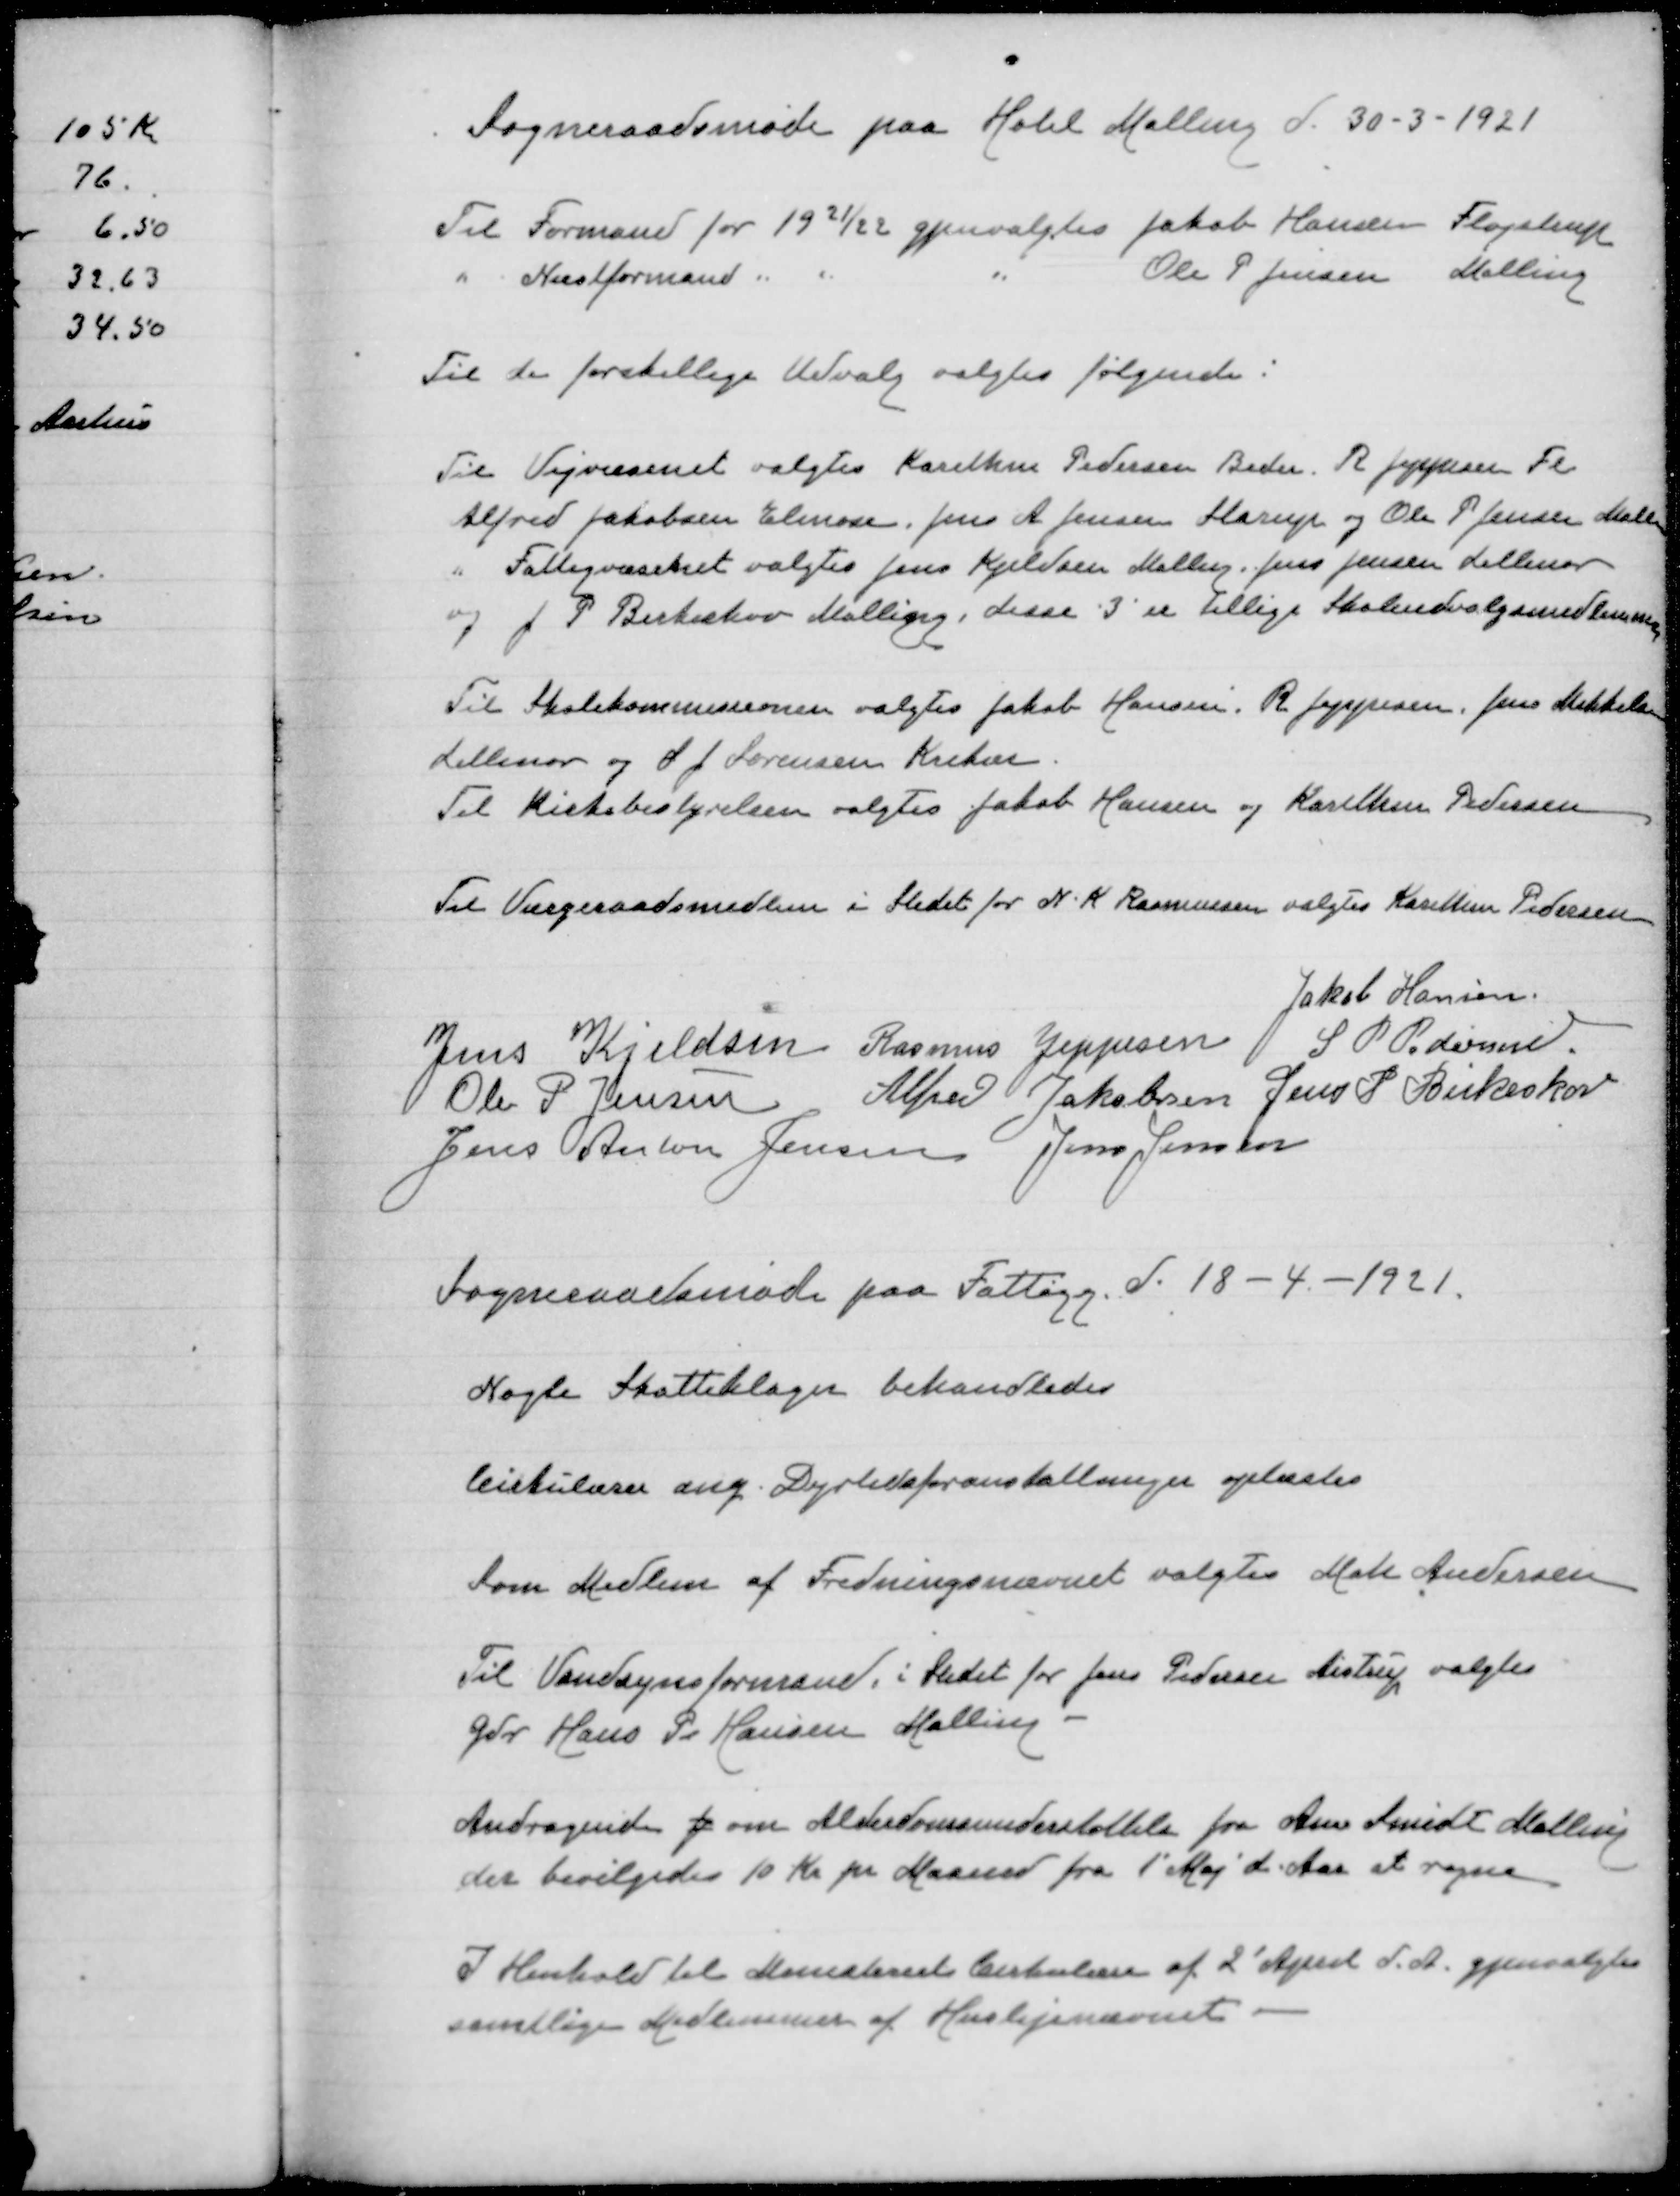
Transskription:
Sogneraadsmøde paa Hotel Malling d. 30 - 3 - 1921

Til Formand for 1921/22 gjenvalgtes Jakob Hansen Fløjstrup
" Næstformand " " " Ole P Jensen Malling

Til de forskellige Udvalg valgtes følgende:

Til Vejvæsenet valgtes Karsthen Pedersen Beder. R Jeppesen Fl
Alfred Jatobsen Elmose. Jens A Jensen Starup og Ole P. Jensen Mall
" Fattigvæseret valgtes Jens Kjeldsen Malling. Jens Jensen Lillenor
og J P Birkeskov Malling, disse 3 er tillige Skoleudvalgsmedlemmer

Til Skolekommissionen valgtes Jakob Hansen. R Jeppesen Jens Mikkelsen
Lillenor og S J Sørensen Krekær
Til kirkebestyrelsen valgtes Jakob Hansen og Karsthen Pedersen

Til Værgeraadsmedlem i Sledet for N K Rasmussen valges Karsthen Pedersen

Jakob Hansen
Jens Kjeldsen
Rasmus Jeppesen
S. P. Pedersen
Ole P Jensen
Alfred Jakobsen
Jens P. Birkeskov
Jens Anton Jensen
Jens Jensen

Sogneraadmøde paa Faltigg d 18 - 4-1921

Nogle Statteklager behandledes

Cirkulærer ang. Dyrlidsforanstallninger oplæstes

Som Medlem af Fredningsnævnet valgtes Mak Andersen

Til Vandsynsformand i Stedet for Jens Pedersen Aistrup valgtes
Gdr Hans P Hansen Malling

Andragende fr om Alderdomsunderstøltelse for Ane Smidt Malling
der bevilgedes 10 Kr pr Maaned fra 1 Maj d Aar et regne

I Henhold til Ministeriet Cirkulære af 2 April d. A. gjenvalgtes
samtlige Medlemmer af Huslejenævnet